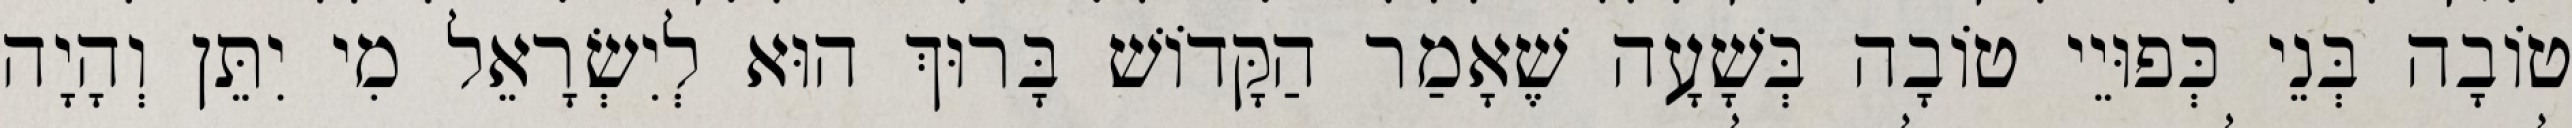
טוֹבָה בְּנֵי כְּפוּיֵי טוֹבָה בְּשָׁעָה שֶׁאָמַר הַקָּדוֹשׁ בָּרוּךְ הוּא לְיִשְׂרָאֵל מִי יִתֵּן וְהָיָה